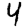
Digit: 4